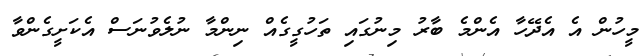
މީހުން އެ އެދޭހާ އެންމެ ބާރު މިނުގައި ތަހުގީގެއް ނިންމާ ނުލެވުނަސް އެކަށީގެންވާ